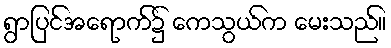
ရွာပြင်အရောက်၌ ကေသွယ်က မေးသည်။